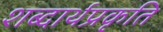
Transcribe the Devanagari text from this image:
शब्दार्थप्रकृति